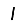
Digit: 1